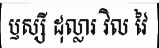
ឫស្សី ដុល្លារ វិល វៃ